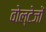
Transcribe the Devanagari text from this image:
वोल्टेजों